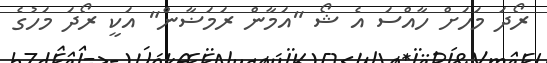
ރޯދަ މަހަށް ހާއްސަ އެ ޝޯ "އަމާން ރަމަޟާން" އަކީ ރޯދަ މަހުގެ